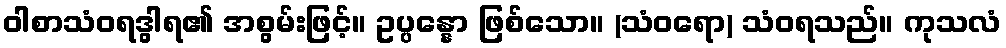
ဝါစာသံဝရဒွါရ၏ အစွမ်းဖြင့်။ ဥပ္ပန္နော ဖြစ်သော။ (သံဝရော) သံဝရသည်။ ကုသလံ